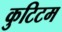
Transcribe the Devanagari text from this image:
कुटिटम